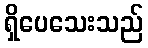
ရှိပေသေးသည်